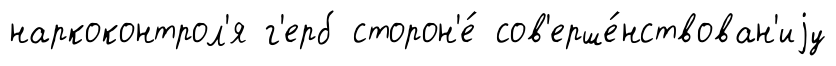
наркоконтрол'я г'ерб сторон'е́ сов'ерше́нствован'иjу